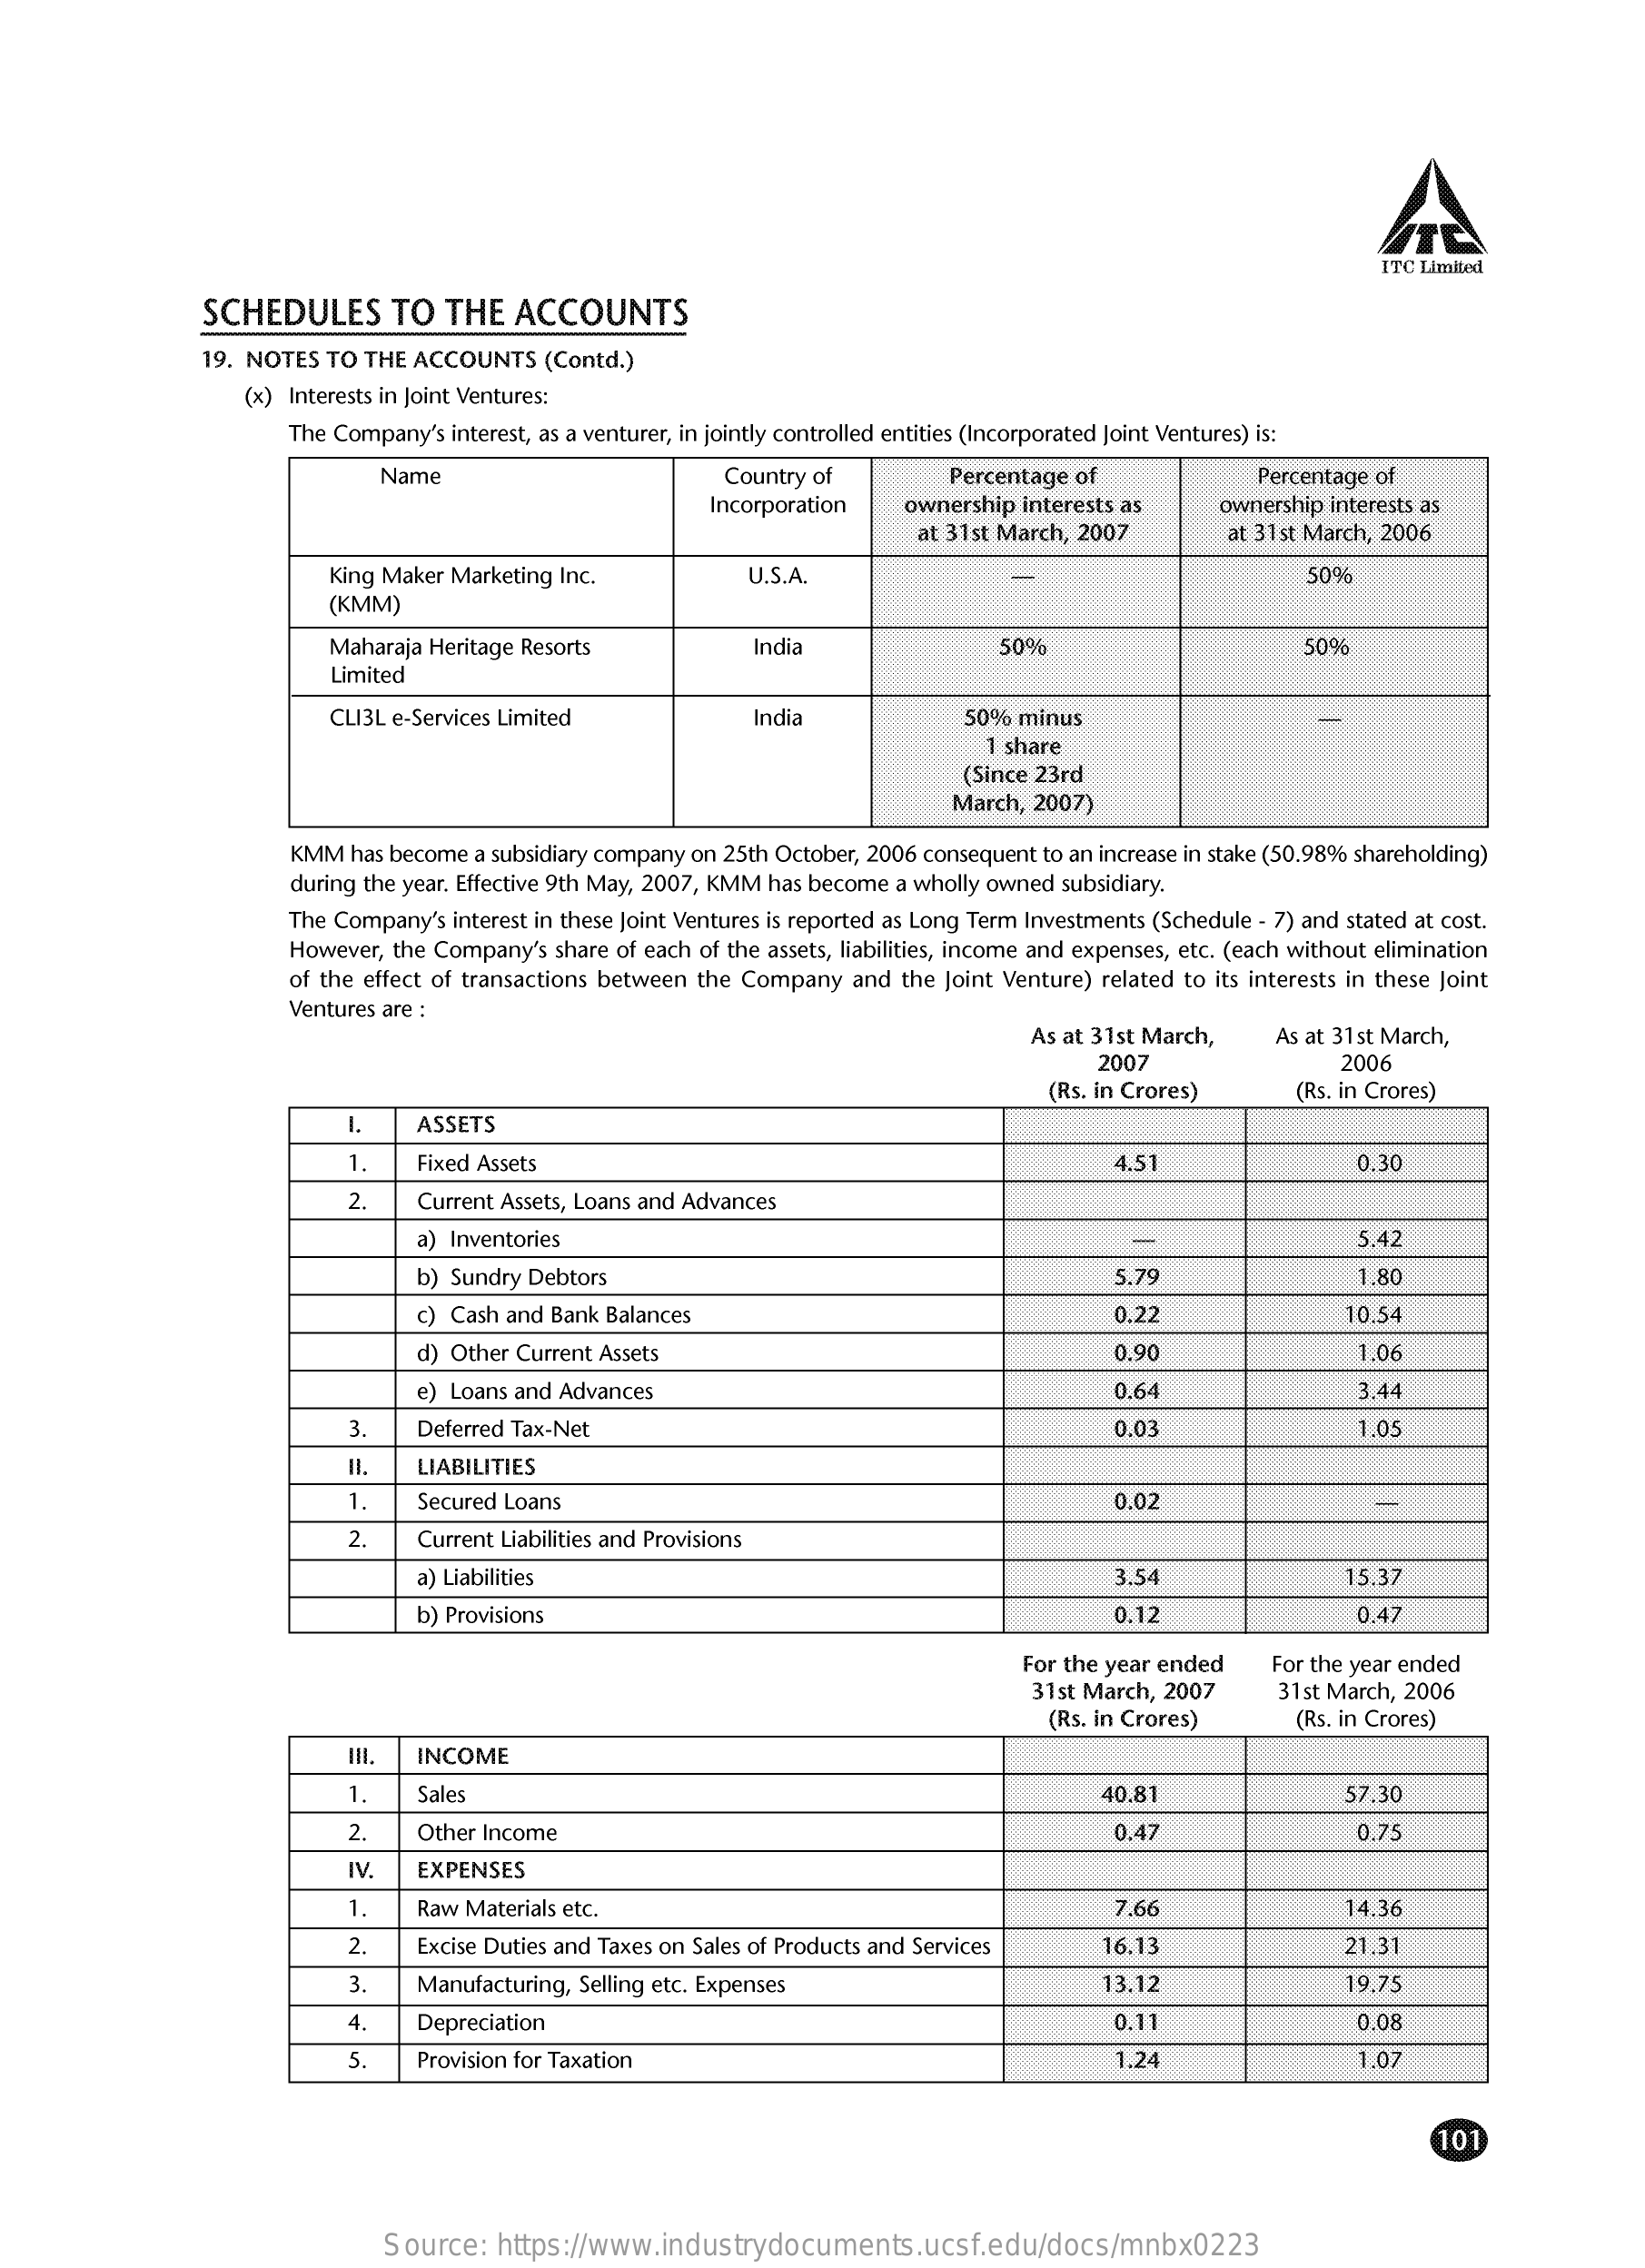
ITC Limited
     SCHEDULES    TO  THE   ACCOUNTS
     19. NOTES TO THE ACCOUNTS   (Contd.)
     (x) Interests in Joint Ventures:
     The Company's interest, as a venturer, in jointly controlled entities (Incorporated Joint Ventures) is:
     Name    Country of    Percentage of    Percentage of
     Incorporation    ownership interests as    ownership interests as
     at 31st March, 2007    at 31st March, 2006
     King Maker Marketing Inc.    U.S.A.    50%
     (KMM)
     Maharaja Heritage Resorts    India    50%    50%
     Limited
     CLI3L e-Services Limited    India    50% minus
     1 share
     (Since 23rd
     March, 2007)
     KMM  has become a subsidiary company on 25th October, 2006 consequent to an increase in stake (50.98% shareholding)
     during the year. Effective 9th May, 2007, KMM has become a wholly owned subsidiary.
     The Company's interest in these Joint Ventures is reported as Long Term Investments (Schedule - 7) and stated at cost.
     However, the Company's share of each of the assets, liabilities, income and expenses, etc. (each without elimination
     of the effect of transactions between the Company and the Joint Venture) related to its interests in these Joint
     Ventures are :
     As at 31st March,   As at 31 st March,
     2007    2006
     (Rs. in Crores)    (Rs. in Crores)
     ASSETS
     1    Fixed Assets    4.51    0.30
     2.    Current Assets, Loans and Advances
     a) Inventories    -    5.42
     b) Sundry Debtors    5.79    1.80
     c) Cash and Bank Balances    0.22    10.54
     d) Other Current Assets    0.90    1.06
     e) Loans and Advances    0.64    3.44
     3    Deferred Tax-Net    0.03    1,05
     LIABILITIES
     1    Secured Loans    0.02
     2.    Current Liabilities and Provisions
     a) Liabilities    3.54    15.37
     b) Provisions    0.12    0.42
     For the year ended
     31st March, 2007
     For the year ended
     31 st March, 2006
     (Rs. in Crores)    (Rs. in Crores)
     INCOME
     1    Sales    40.81    57.30
     2    Other Income    0.47    0.75
     IV   EXPENSES
     -
     Raw Materials etc.    7.66    14.36
     2.    Excise Duties and Taxes on Sales of Products and Services 16.13    21.31
     3.   Manufacturing, Selling etc. Expenses    13.12    19.75
     Depreciation    0.11    0.08
     5.    Provision for Taxation    1.24    1,07
     101
     Source:  https://www.industrydocuments.ucsf.edu/docs/mnbx0223